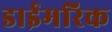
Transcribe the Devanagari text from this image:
डाईमरिक